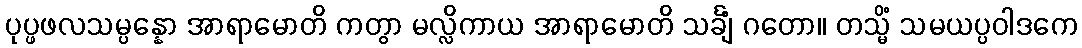
ပုပ္ဖဖလသမ္ပန္နော အာရာမောတိ ကတွာ မလ္လိကာယ အာရာမောတိ သင်္ချံ ဂတော။ တသ္မိံ သမယပ္ပဝါဒကေ